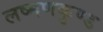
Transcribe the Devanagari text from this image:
लष्मणकुण्ड